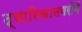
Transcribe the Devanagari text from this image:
द्वारिकानगरीमें